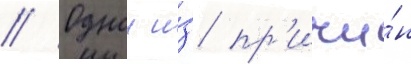
// Однои и́з пр'ичи́н